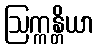
ဩက္ကန္တိယာ